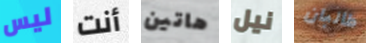
ليس أنت هاتين نيل طالبان